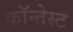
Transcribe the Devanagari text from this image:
कॉन्तेस्ट